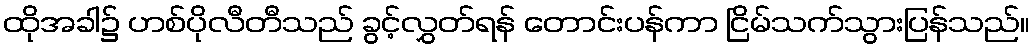
ထိုအခါ၌ ဟစ်ပိုလီတီသည် ခွင့်လွှတ်ရန် တောင်းပန်ကာ ငြိမ်သက်သွားပြန်သည်။